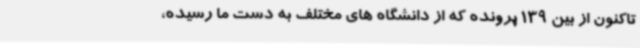
تاکنون از بین 139 پرونده که از دانشگاه های مختلف به دست ما رسیده،